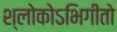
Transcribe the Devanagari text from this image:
श्लोकोऽभिगीतो